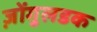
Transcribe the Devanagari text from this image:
ज़ोंगुलडक